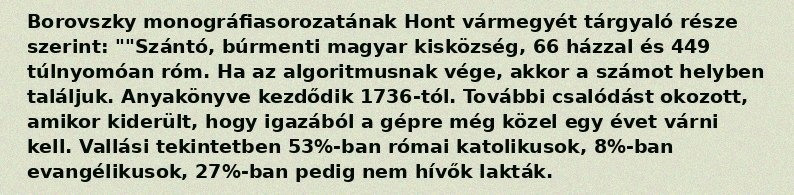
Borovszky monográfiasorozatának Hont vármegyét tárgyaló része szerint: ""Szántó, búrmenti magyar kisközség, 66 házzal és 449 túlnyomóan róm. Ha az algoritmusnak vége, akkor a számot helyben találjuk. Anyakönyve kezdődik 1736-tól. További csalódást okozott, amikor kiderült, hogy igazából a gépre még közel egy évet várni kell. Vallási tekintetben 53%-ban római katolikusok, 8%-ban evangélikusok, 27%-ban pedig nem hívők lakták.